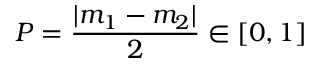
P = \frac { | m _ { 1 } - m _ { 2 } | } { 2 } \in [ 0 , 1 ]